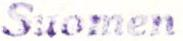
Suomen